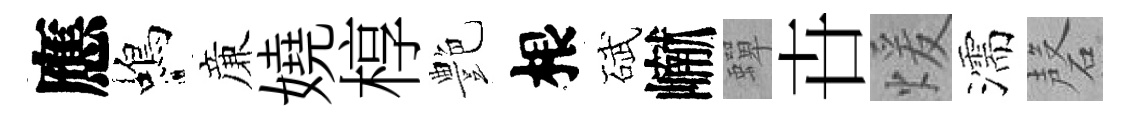
應蝎亷嬈椁艶根碔𪩘蟬卋煖濡磬